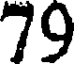
79